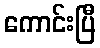
ကောင်းပြီ